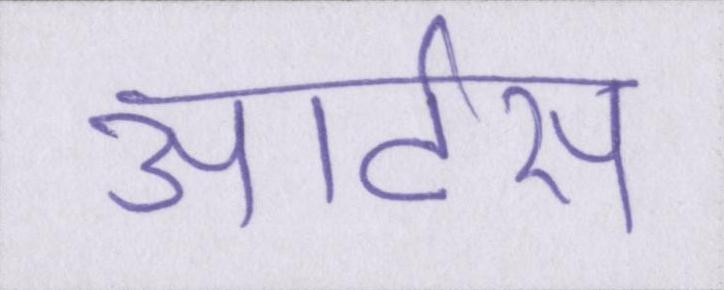
आर्टस